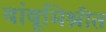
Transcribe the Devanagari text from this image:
बांबूमिश्रीत